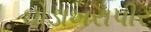
ઘોડાખરાપીર